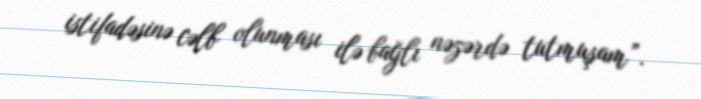
istifadəsinə cəlb olunması ilə bağlı nəzərdə tutmuşam”.